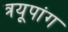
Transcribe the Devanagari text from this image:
त्रयूपांग